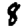
Digit: 8